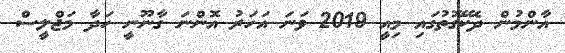
އާންމުން ދެކޭގޮތުގައި މިއީ 2019 ވަނަ އަހަރު އޮންނަ ގާނޫނީ ހަދާ މަޖްލީސް